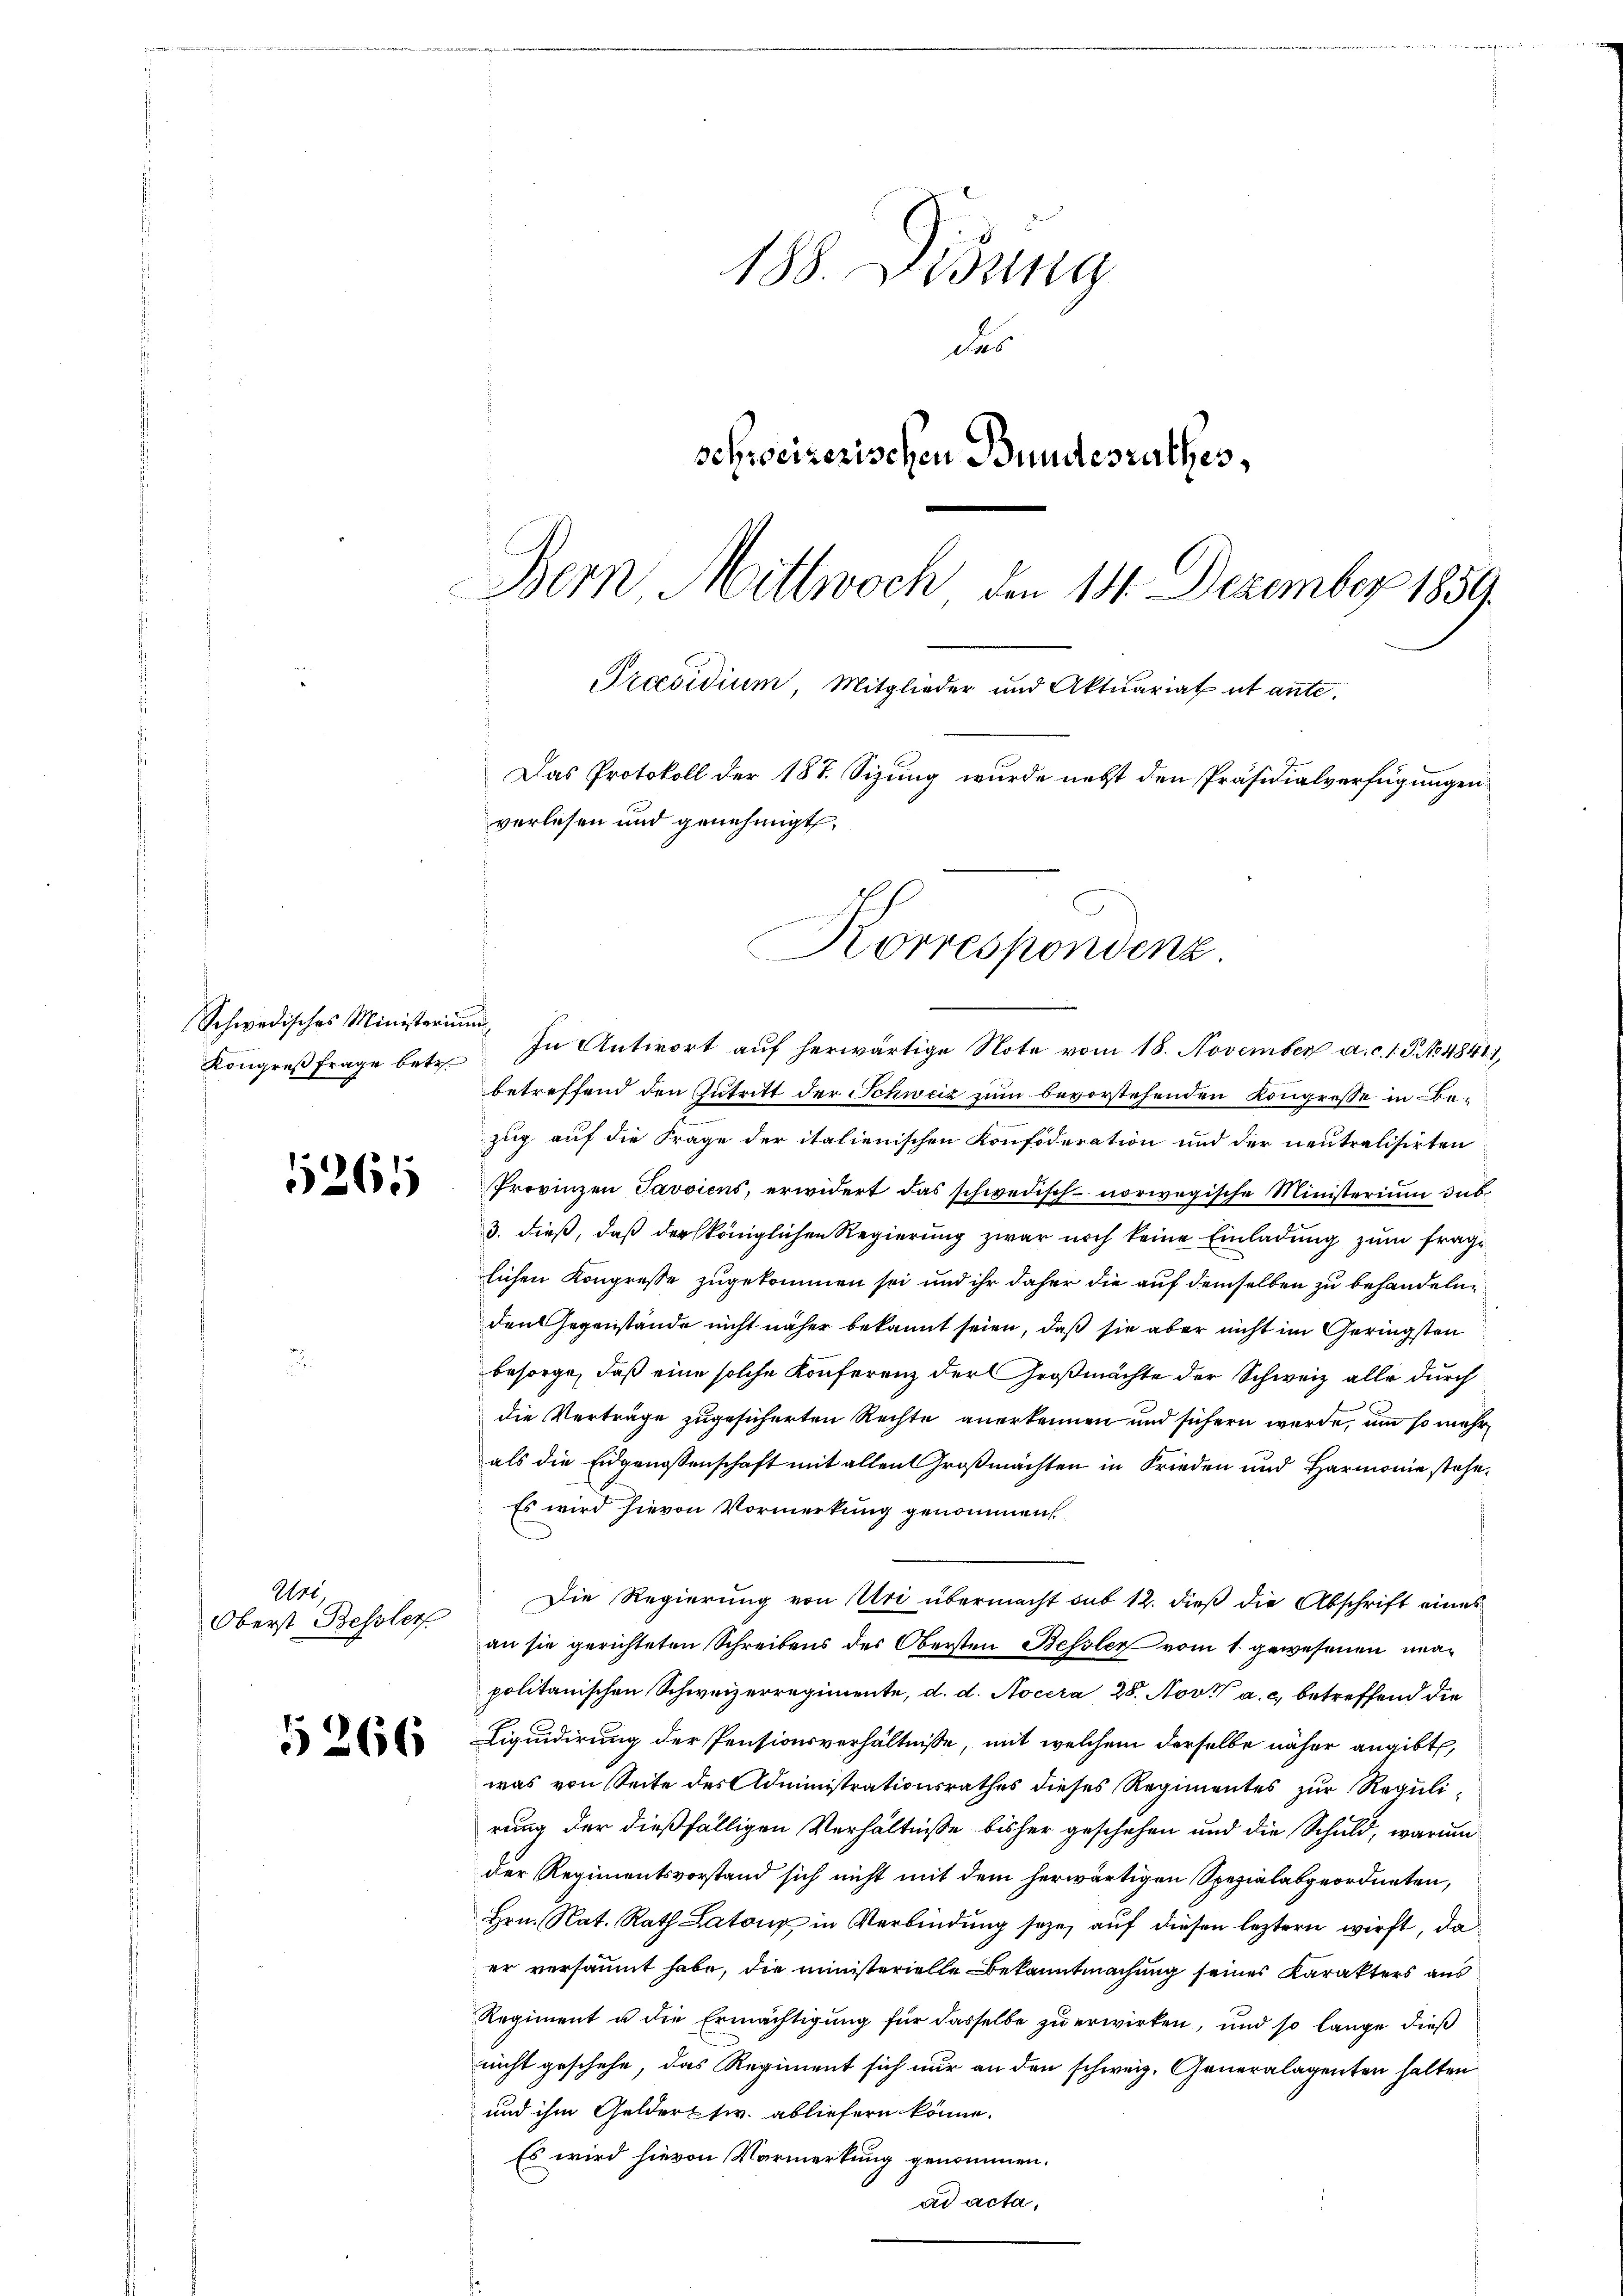
5265

5266

Schwedisches Ministerium,

Ure
Oberst Bessler

188. Didung
das
schweizerischen Bundesrathes,
Bern, Mittwoch den 14. Dezember 1859.
Praesidium, Mitglieder und Aktuariat et ante.
Das Protokoll der 187. Sizung wurde nebst den Präsidialverfügungen
verlesen und genehmigt.

Kongreßfrage betr. In Antwort aŭf herwärtige Note vom 18. November a. c. 1. J. No 48411,
betreffend den Zutritt der Schweiz nun bevorstehenden Kongresse in Bezug auf die Frage der italienischen Konfideration und der neutralisirten
Provinzen Javviens, erwidert das schwedisch-norwegische Ministerium dab
3. dieß, daß der königlichen Regierung zwar noch keine Einladung zum frage
lichen Kongresse zugekommen sei und ihr daher die auf demselben zu behandeln,
den Gegenstände nicht näher bekannt seien, daß sie aber nicht im Geringsten
besorge, daß eine solche Konferenz der Großmächte der Schweiz alle durch
die Verträge zugesicherten Rechte anerkennen und sichern werde, um so mehr
als die Eidgenossenschaft mit allen Großmachten in Frieden und Harmonie stehe¬
Es wird hievon Vormerkung genommen
Die Regierung von Uri übermacht sub 12. dieß die Abschrift eines
an sie gerichteten Schreibens des Obersten Bessler vom 1. gewesenen unapolitanischen Schweizerregimente, d. d. Nocera 28. Nov. a. c. betreffend die
Liquidirung der Pensionsverhältnisse, mit welchem derselbe näher angibt,
was von Seite des Administrationsrathes dieses Regimentes zur Regulirung der dießfälligen Verhältniße bisher geschehen und die Schuld, warum
der Regimentsvorstand sich nicht mit dem herwärtigen Spezialabgeordneten,
Hrn. Nat. Rath Latonz in Verbindung seye, auf diesen leztern wirft, da
er versäumt habe, die ministerielle Bekanntmachung seines Karakters aus
Regiment u die Ermächtigung für dasselbe zu erwirken, und so lange dieß
nicht geschehe, das Regiment sich nur an den schweiz. Generalagenten halten
und ihm Geldertsw. abliefern könne.
Es wird hievon Vormerkung genommen.
ad acta,

Korrespondenz